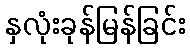
နှလုံးခုန်မြန်ခြင်း